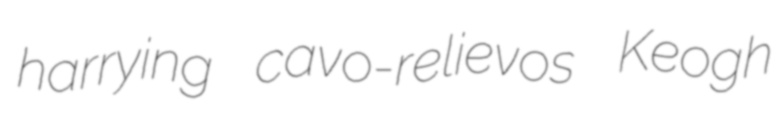
harrying cavo-relievos Keogh